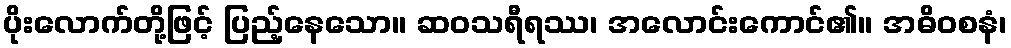
ပိုးလောက်တို့ဖြင့် ပြည့်နေသော။ ဆဝသရီရဿ၊ အလောင်းကောင်၏။ အဓိဝစနံ၊